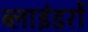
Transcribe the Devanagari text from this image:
ब्लाइंडरों